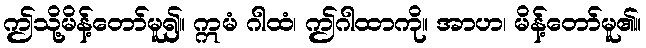
ဤသို့မိန့်တော်မူ၍။ ဣမံ ဂါထံ၊ ဤဂါထာကို။ အာဟ၊ မိန့်တော်မူ၏။